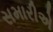
સમારીએ